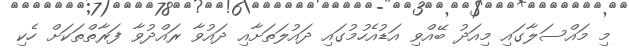
މި މައްސަލާގައި މިއަދު ބޭއްވި އަޑުއެހުމުގައި ދައުލަތަށާއި ދައުވާ ރައްދުވާ ފަރާތްތަކަށް ހެކި